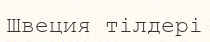
Швеция тілдері